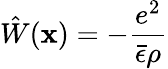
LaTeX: \hat{W}({\mathbf x})=-\frac{e^{2}}{\bar{\epsilon}\rho}